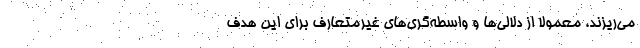
می‌ریزند، معمولاً از دلالی‌ها و واسطه‌گری‌های غیرمتعارف برای این هدف